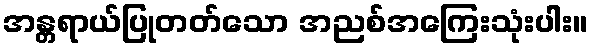
အန္တရာယ်ပြုတတ်သော အညစ်အကြေးသုံးပါး။